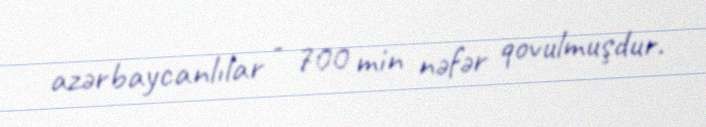
azərbaycanlılar - 700 min nəfər qovulmuşdur.